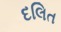
દલિત